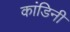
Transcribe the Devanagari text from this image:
कांडिनी